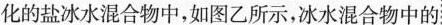
化的盐冰水混合物中，如图乙所示，冰水混合物中的